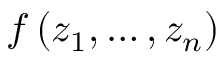
f \left( z _ { 1 } , \ldots , z _ { n } \right)